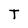
Character: T